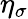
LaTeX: \eta_{\sigma}